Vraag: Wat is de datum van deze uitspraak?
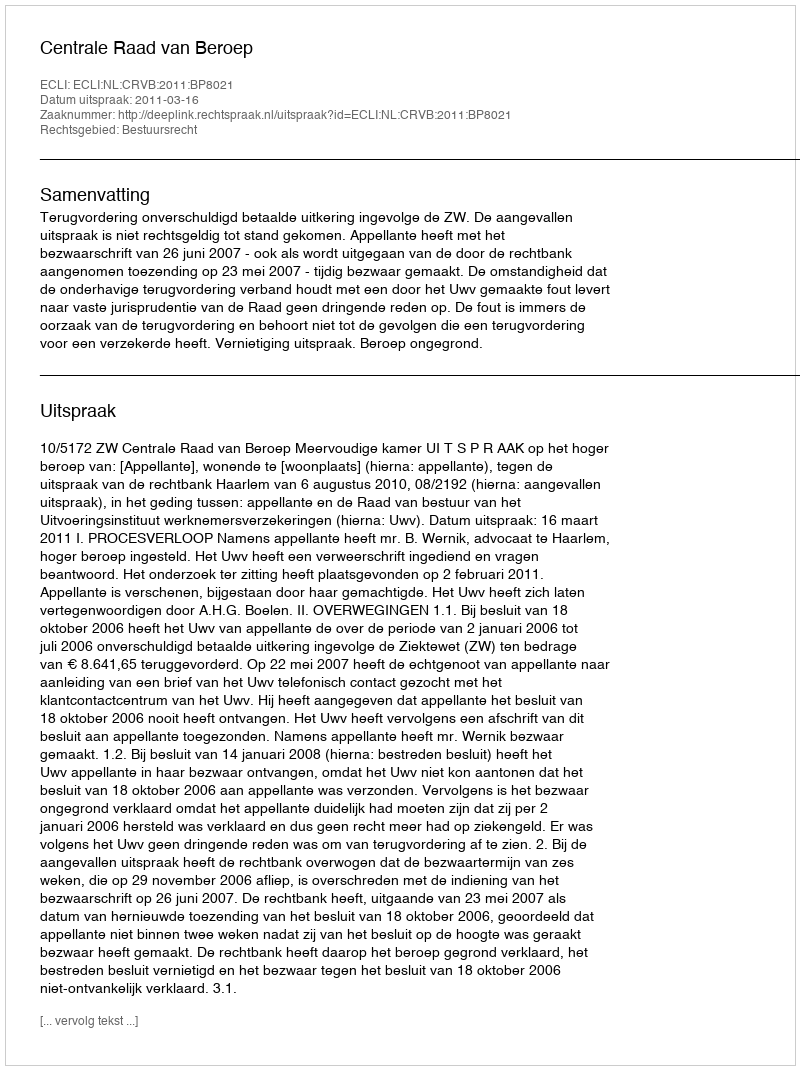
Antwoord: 2011-03-16